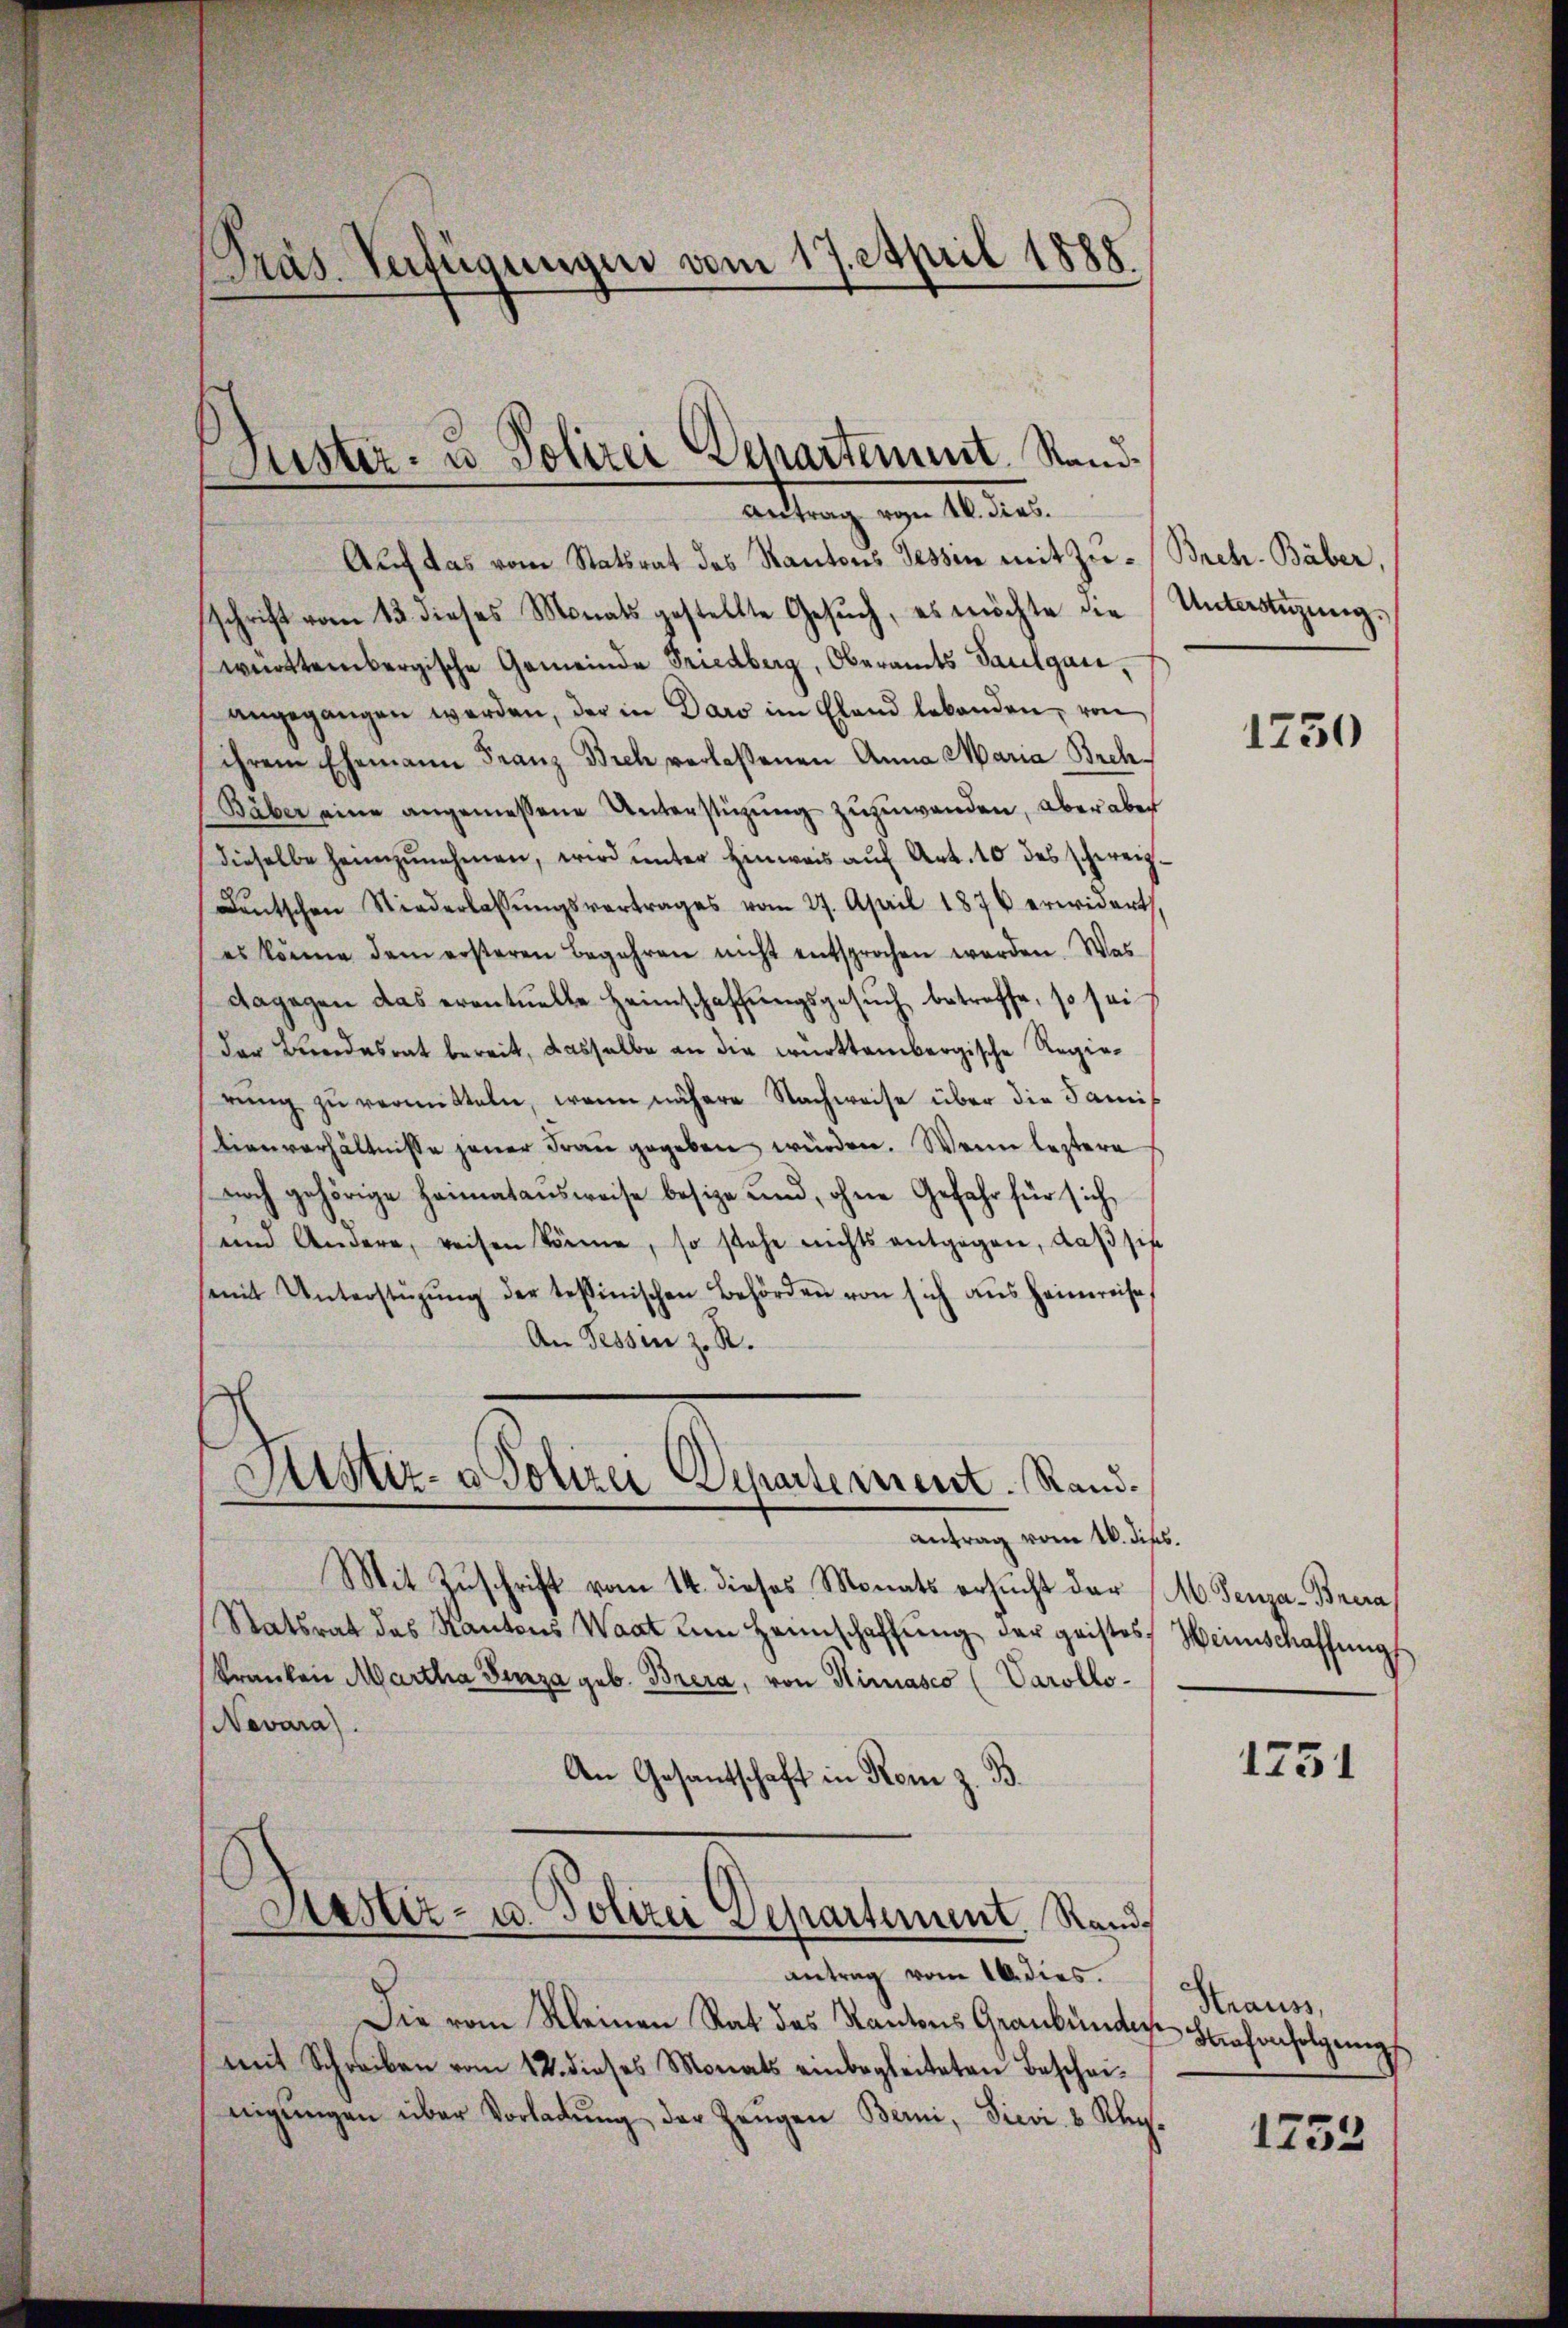
Präs. Verfügungen vom 17. April 1888.

Auch das vom Statsrat des Kantons Tessin mit Zŭ-Breh. Baber,
schrift vom 13. dieses Monats gestellte Gesŭch, es möchte die Unterstüzungs
württembergische Gemeinde Friedberg, Oberamts Paulgai,
angegangen werden, der in Daro im Elend lebenden, von
ihrem Ehemann Franz Bich verlaßenen Anna Maria Brch¬
Bäber eine angemessene Unterstüzung zuzuwanden, aber aber
dieselbe heimzŭnehmen, wird ŭnter Hinweis aŭf Art. 10 des schweiz¬
Deutschen Niederlassŭngsvertrages vom 27. April 1876 erwidert,
es könne dem ersteren Begehren nicht entsprochen werden. Was
dagegen das eventuelle Heimschaffungsgesuch betreffe, so sei
der Bundesrat bereit, dasselbe an die württembergische Regierŭng zu vermitteln, wenn nähere Nachweise über die Samilienverhältnisse jener Frau gegeben würden. Wenn leztere
noch gehörige Heimatausweise besize und, ohne Gefahr für sich
und Andere, weisen könne, so stehe nichts entgegen, daβ sie
semit Unterstüzŭng der testinischen Behörden von sich aŭs Heinreise,
An Tessin z. R.
Ristiz- & Polizei Departement. Sandd

Mit Zuschrift vom 14. dieses Monats ersucht der M. Penza-Brera
Statsrat des Kantons Waat um Heimschaffŭng der geistes Weinschaffungs
Kranken Martha Funza geb. Brera, von Kinasco (Varollo¬
Nevara).
An Gesantschaft in Rom z. B.
Diastiz- u. Polizei Departement Rands
e

Suster- u Polizei Departement. Stand.
Antrag von 10. dies.

antrag vom 16. dies.

antrag vom 10. dies.

Die vom Kleinen Rat des Kantons Graubündise Sachenfolgungsmit Schreiben vom 12. dieses Monats einbegleiteten Beschei-
nigŭngen über Vorladŭng der Zeŭgen Berni, Sievi 8 Klag-

1730

1251

Strauss,
1252